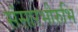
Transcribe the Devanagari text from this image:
संसारभीरुभि